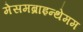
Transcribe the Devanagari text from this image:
मेसमब्राइन्थेमम